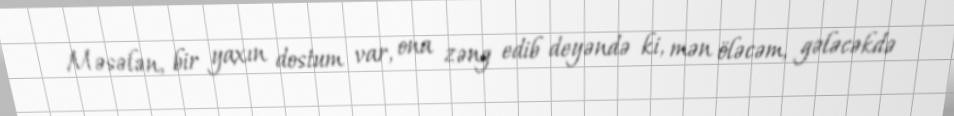
Məsələn, bir yaxın dostum var, ona zəng edib deyəndə ki, mən öləcəm, gələcəkdə